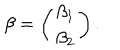
\beta = \left( \begin{array} { c } { { \beta _ { 1 } } } \\ { { \beta _ { 2 } } } \\ \end{array} \right) .